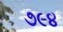
૭૯૪